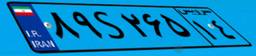
۸۹S۲۶۵۱۴